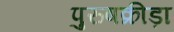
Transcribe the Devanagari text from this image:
पुरुषक्रीड़ा